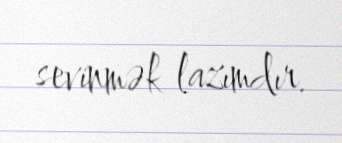
sevinmək lazımdır.